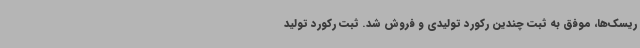
ریسک‌ها، موفق به ثبت چندین رکورد تولیدی و فروش شد. ثبت رکورد تولید